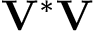
\mathbf { V } ^ { * } \mathbf { V }